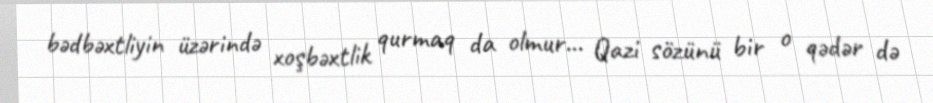
bədbəxtliyin üzərində xoşbəxtlik qurmaq da olmur... Qazi sözünü bir o qədər də